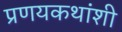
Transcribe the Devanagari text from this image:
प्रणयकथांशी